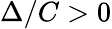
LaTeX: \Delta/C>0